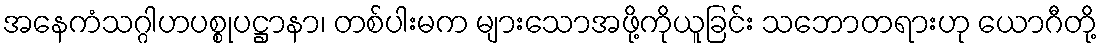
အနေကံသဂ္ဂါဟပစ္စုပဋ္ဌာနာ၊ တစ်ပါးမက များသောအဖို့ကိုယူခြင်း သဘောတရားဟု ယောဂီတို့